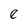
Character: e